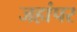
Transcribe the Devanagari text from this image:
जहांपर